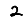
Digit: 2